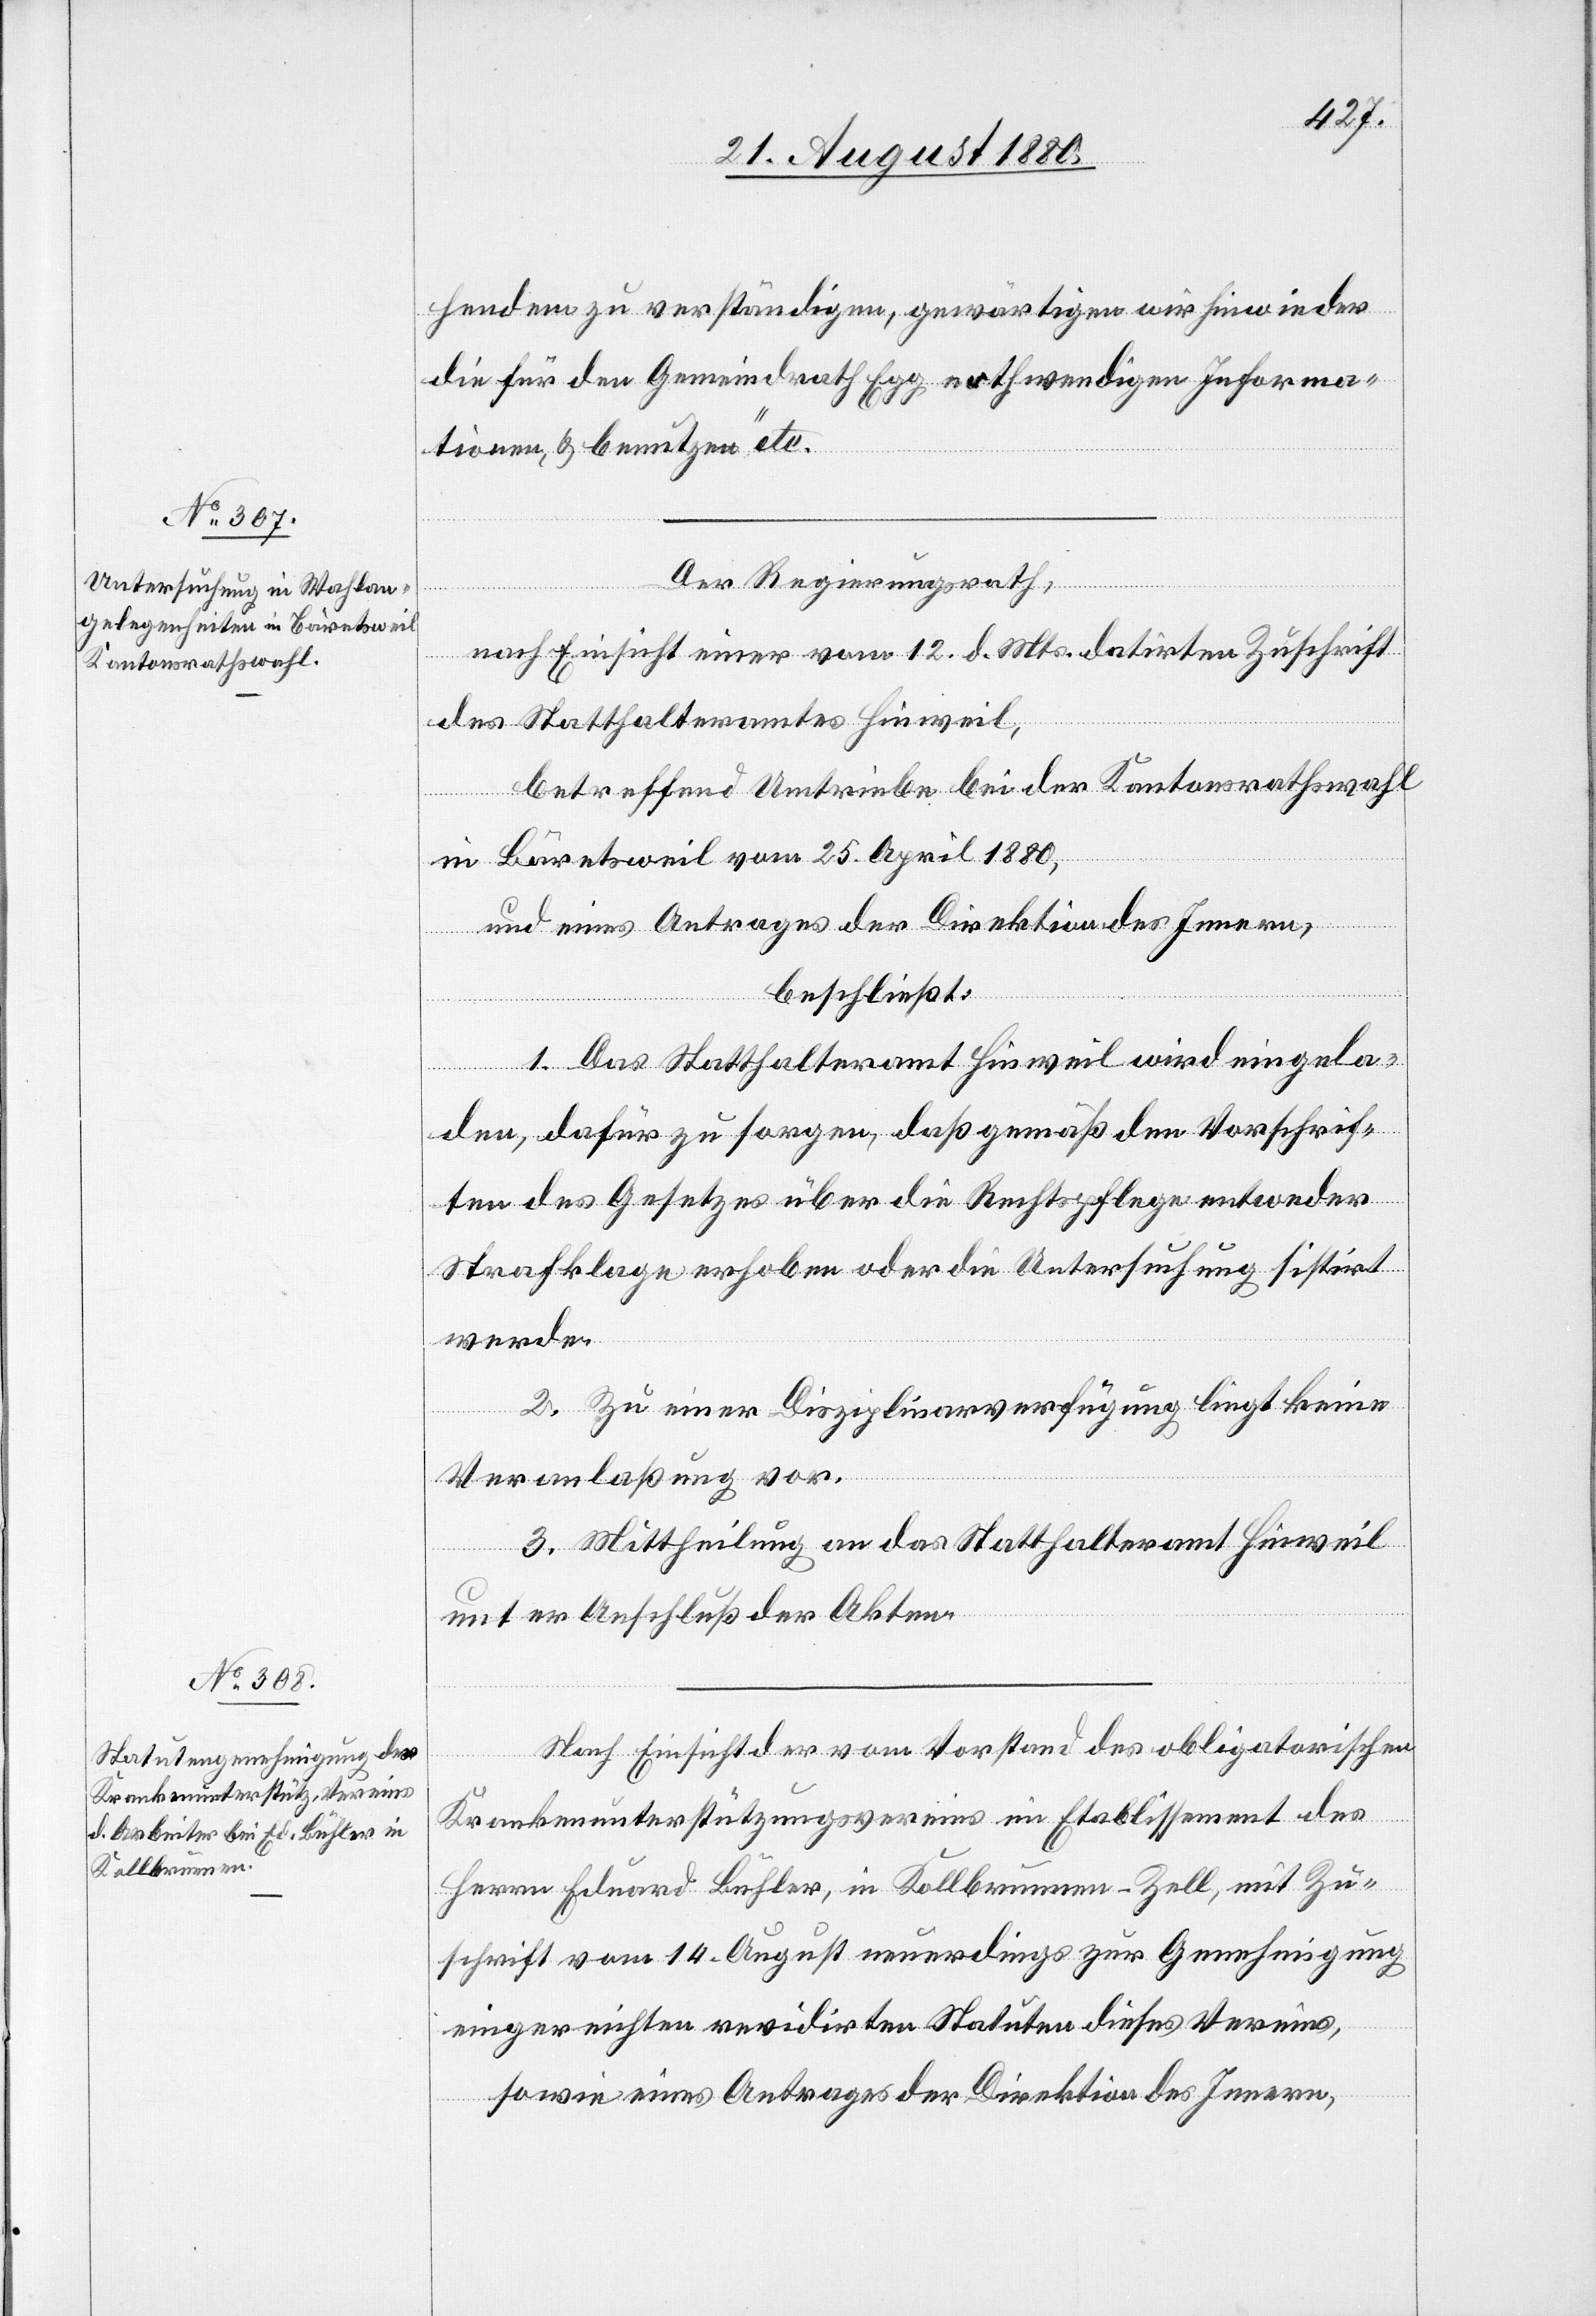
hendem zu verständigen, gewärtigen wir hinwieder
die für den Gemeindrath Egg nothwendigen Informa¬
tionen & benutzen“ etc.
in
Der Regierungsrath,
nach Einsicht einer vom 12. d. Mts.. datirten Zuschrift
des Statthalteramtes Hinweil,
betreffend Umtriebe bei der Kantonsrathswahl
in Bäretsweil vom 25. Aprli 1880,
und eines Antrages der Direktion des Innern,
der
beschließt.
1. Das Statthalteramt Hinweil wird eingela¬
den, dafür zu sorgen, daß gemäß den Vorschrif¬
ten des Gesetzes über die Rechtspflege entweder
Strafklage erhoben oder die Untersuchung sistirt
werde.
2. Zu einer Disziplinarverfügung liegt keine
Veranlaßung vor.
3. Mittheilung an das Statthalteramt Hinweil
unter Anschluß der Akten.
Nach Einsicht der vom Vorstand des obligatorischen
Krankenunterstützungsvereins im Etablissement des
Herren Eduard Bühler, in Kollbrunnen - Zell, mit Zu¬
schrift vom 14. August neuerdings zur Genehmigung
eingereichten revidirten Statuten dieses Vereins,
sowie eines Antrages der Direktion des Innern,